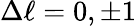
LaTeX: \Delta\ell=0,\pm 1